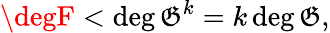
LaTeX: \degF<\deg\mathfrak{G}^{k}=k\deg\mathfrak{G},